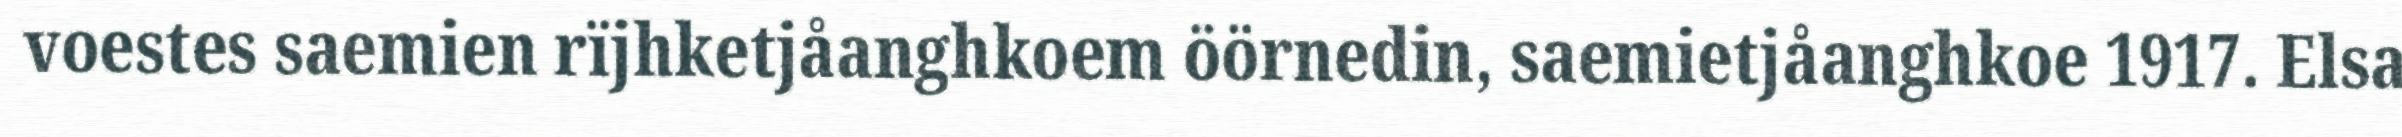
voestes saemien rïjhketjåanghkoem öörnedin, saemietjåanghkoe 1917. Elsa